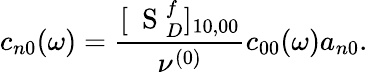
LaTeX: c_{n0}(\omega)=\frac{[\mathrm{~\mathbf~S~}_{D}^{f}]_{10,00}}{\nu^{(0)}}c_{00}(\omega)a_{n0}.